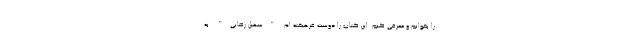
را بخوانم و معرفی کنم. این کتاب را دوست فرهیخته ام "سهیل رضایی" به